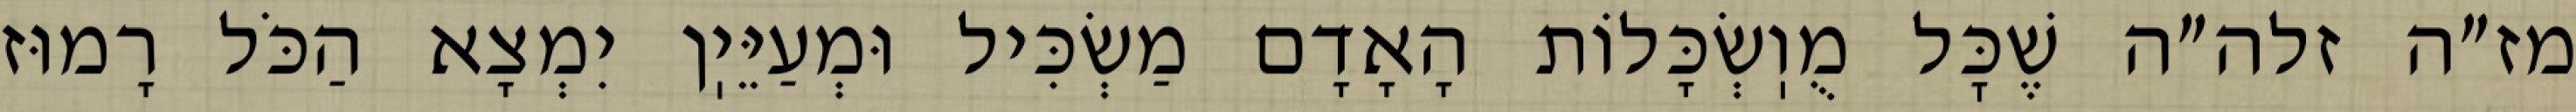
מז״ה זלה״ה שֶׁכׇּל מֻוֽשְׂכָּלוֹת הָאָדָם מַשְׂכִּיל וּמְעַיֵּיֽן יִמְצָא הַכֹּל רָמוּז